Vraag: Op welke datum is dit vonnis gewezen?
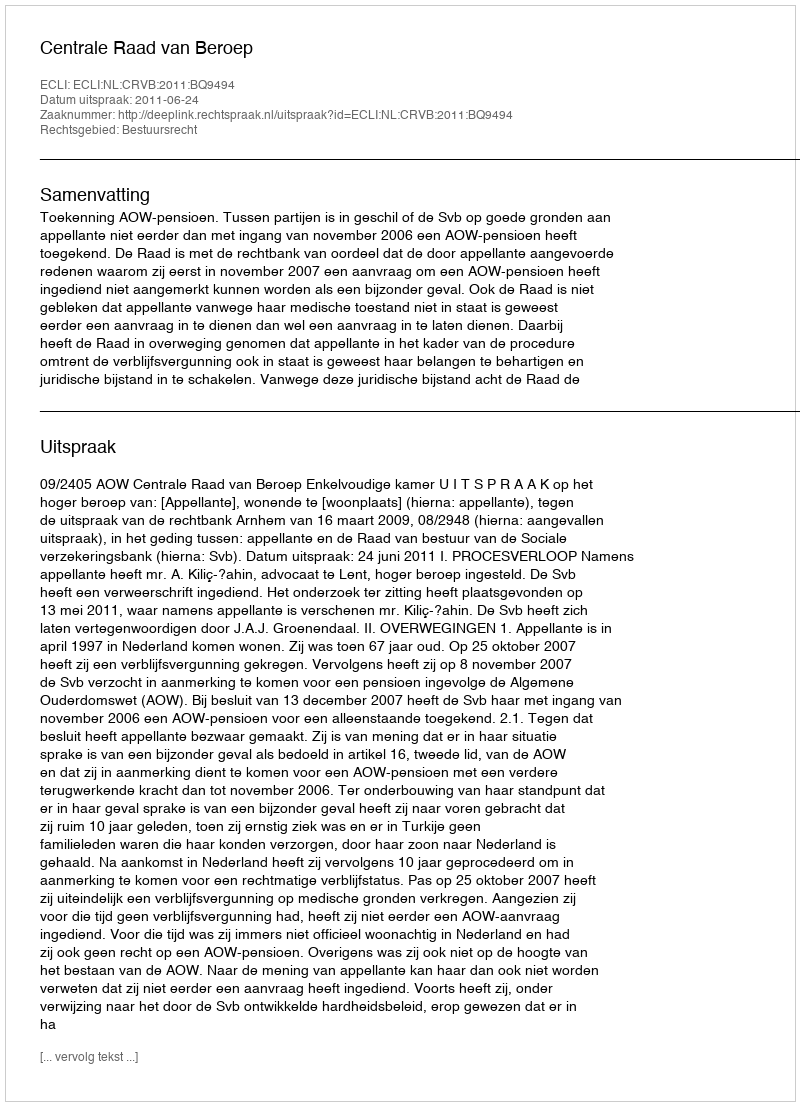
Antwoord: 2011-06-24